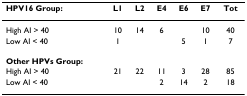
<table><thead><tr><td><b>HPV16 Group:</b></td><td><b>L1</b></td><td><b>L2</b></td><td><b>E4</b></td><td><b>E6</b></td><td><b>E7</b></td><td><b>Tot</b></td></tr></thead><tbody><tr><td>High AI &gt; 40</td><td>10</td><td>14</td><td>6</td><td></td><td>10</td><td>40</td></tr><tr><td>Low AI &lt; 40</td><td>1</td><td></td><td></td><td>5</td><td>1</td><td>7</td></tr><tr><td><b>Other HPVs Group:</b></td><td></td><td></td><td></td><td></td><td></td><td></td></tr><tr><td>High AI &gt; 40</td><td>21</td><td>22</td><td>11</td><td>3</td><td>28</td><td>85</td></tr><tr><td>Low AI &lt; 40</td><td></td><td></td><td>2</td><td>14</td><td>2</td><td>18</td></tr></tbody></table>